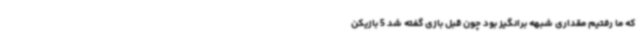
که ما رفتیم مقداری شبهه برانگیز بود چون قبل بازی گفته شد 5 بازیکن